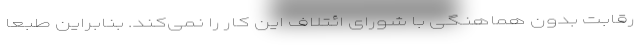
رقابت بدون هماهنگی با شورای ائتلاف این کار را نمی‌کند. بنابراین طبعاً